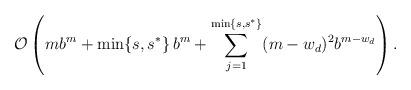
LaTeX: \begin{align*}\mathcal{O} \left( m b^m + \min\{s,s^{\ast}\} \, b^m + \sum_{j=1}^{\min\{s,s^{\ast}\}} (m-w_d)^2 b^{m-w_d} \right).\end{align*}